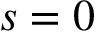
s = 0